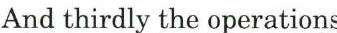
And thirdly the operations